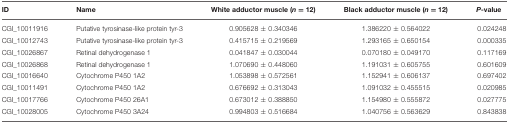
<table><thead><tr><td><b>ID</b></td><td><b>Name</b></td><td><b>White adductor muscle (<i>n</i> = 12)</b></td><td><b>Black adductor muscle (<i>n</i> = 12)</b></td><td><b><i>P</i>-value</b></td></tr></thead><tbody><tr><td>CGI_10011916</td><td>Putative tyrosinase-like protein tyr-3</td><td>0.905628 ± 0.340346</td><td>1.386220 ± 0.564022</td><td>0.024248</td></tr><tr><td>CGI_10012743</td><td>Putative tyrosinase-like protein tyr-3</td><td>0.415715 ± 0.219569</td><td>1.293165 ± 0.650154</td><td>0.000335</td></tr><tr><td>CGI_10026867</td><td>Retinal dehydrogenase 1</td><td>0.041847 ± 0.030044</td><td>0.070180 ± 0.049170</td><td>0.117169</td></tr><tr><td>CGI_10026868</td><td>Retinal dehydrogenase 1</td><td>1.070690 ± 0.448060</td><td>1.191031 ± 0.605755</td><td>0.601609</td></tr><tr><td>CGI_10016640</td><td>Cytochrome P450 1A2</td><td>1.053898 ± 0.572561</td><td>1.152941 ± 0.606137</td><td>0.697402</td></tr><tr><td>CGI_10011491</td><td>Cytochrome P450 1A2</td><td>0.676692 ± 0.313043</td><td>1.091032 ± 0.455515</td><td>0.020985</td></tr><tr><td>CGI_10017766</td><td>Cytochrome P450 26A1</td><td>0.673012 ± 0.388850</td><td>1.154980 ± 0.555872</td><td>0.027775</td></tr><tr><td>CGI_10028005</td><td>Cytochrome P450 3A24</td><td>0.994803 ± 0.516684</td><td>1.040756 ± 0.563629</td><td>0.843838</td></tr></tbody></table>